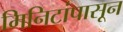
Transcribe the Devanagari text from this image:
मिनिटांपासून